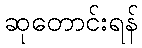
ဆုတောင်းရန်